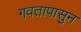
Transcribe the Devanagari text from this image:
गवतापासुन